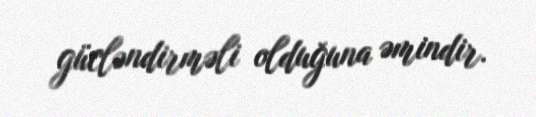
gücləndirməli olduğuna əmindir.